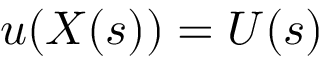
u ( X ( s ) ) = U ( s )